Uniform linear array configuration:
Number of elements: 16
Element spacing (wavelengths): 0.5
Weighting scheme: cosine
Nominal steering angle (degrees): -60
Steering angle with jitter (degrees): -59.405
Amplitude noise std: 0.05
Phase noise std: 0.05

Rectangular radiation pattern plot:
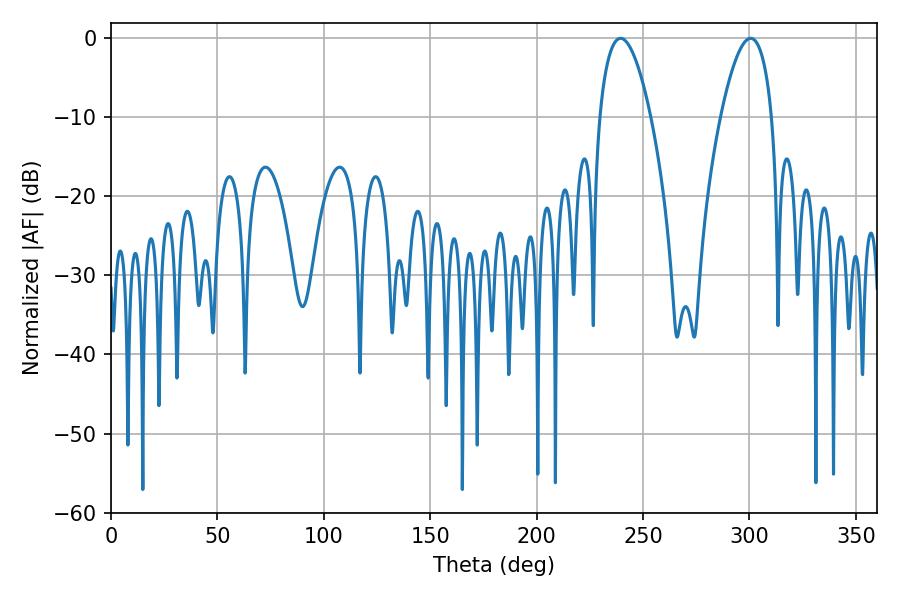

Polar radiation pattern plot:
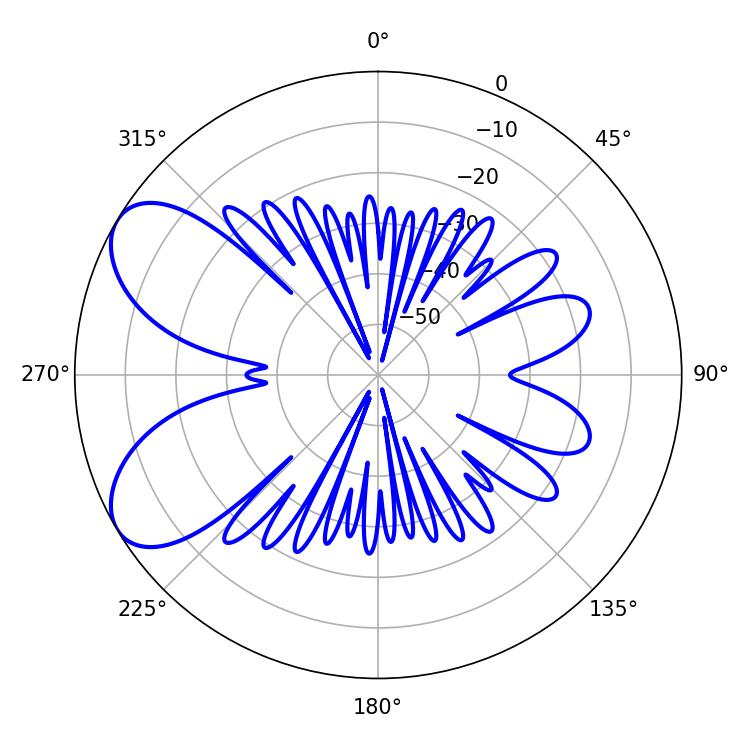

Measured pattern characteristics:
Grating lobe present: FALSE
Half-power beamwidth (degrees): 13.32
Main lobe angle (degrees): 239.4